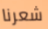
شعرنا